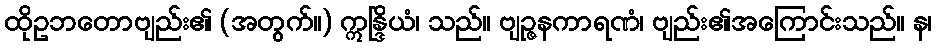
ထိုဥဘတောဗျည်း၏ (အတွက်။) ဣန္ဒြိယံ၊ သည်။ ဗျဉ္ဇနကာရဏံ၊ ဗျည်း၏အကြောင်းသည်။ န၊